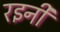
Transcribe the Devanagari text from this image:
रइनी